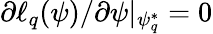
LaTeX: \partial{\ell_{q}(\psi)}/\partial{\psi}|_{\psi_{q}^{*}}=0